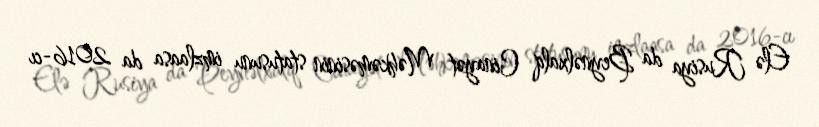
Elə Rusiya da Beynəlxalq Cinayət Məhkəməsinin statusunu imzlaasa da 2016-cı